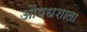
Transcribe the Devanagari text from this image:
औषधशाला